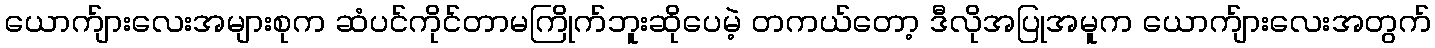
ယောက်ျားလေးအများစုက ဆံပင်ကိုင်တာမကြိုက်ဘူးဆိုပေမဲ့ တကယ်တော့ ဒီလိုအပြုအမူက ယောက်ျားလေးအတွက်